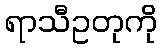
ရာသီဥတုကို